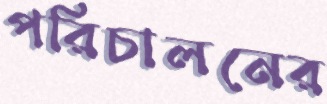
পরিচালনের